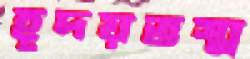
হূদয়ভস্ম